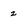
Character: 2